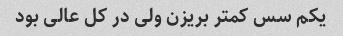
یکم سس کمتر بریزن ولی در کل عالی بود